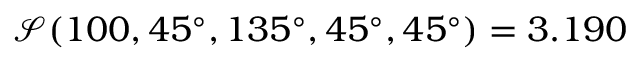
\mathcal { S } ( 1 0 0 , 4 5 ^ { \circ } , 1 3 5 ^ { \circ } , 4 5 ^ { \circ } , 4 5 ^ { \circ } ) = 3 . 1 9 0